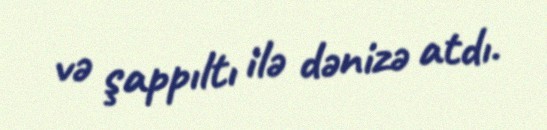
və şappıltı ilə dənizə atdı.